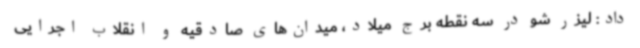
داد: لیزر شو در سه نقطه برج میلاد، میدان‌های صادقیه و انقلاب اجرایی